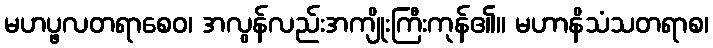
မဟပ္ဖလတရာစေဝ၊ အလွန်လည်းအကျိုးကြီးကုန်၏။ မဟာနိသံသတရာစ၊